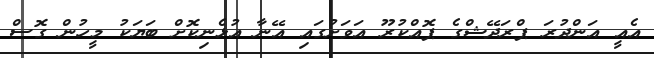
އެއީ އަންދުރަ ޕްރަދޭޝްގެ ޕޮއްކުރޫ އަވަށުގައި އޭނާ އުޅެނިކޮށް ބަޔަކު މީހުން ގޮސް